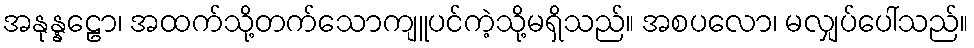
အနုန္နဠော၊ အထက်သို့တက်သောကျူပင်ကဲ့သို့မရှိသည်။ အစပလော၊ မလျှပ်ပေါ်သည်။